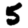
Digit: 5